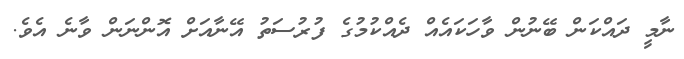
ނާމީ ދައްކަން ބޭނުން ވާހަކައެއް ދެއްކުމުގެ ފުރުސަތު އޭނާއަށް އޮންނަން ވާނެ އެވެ.